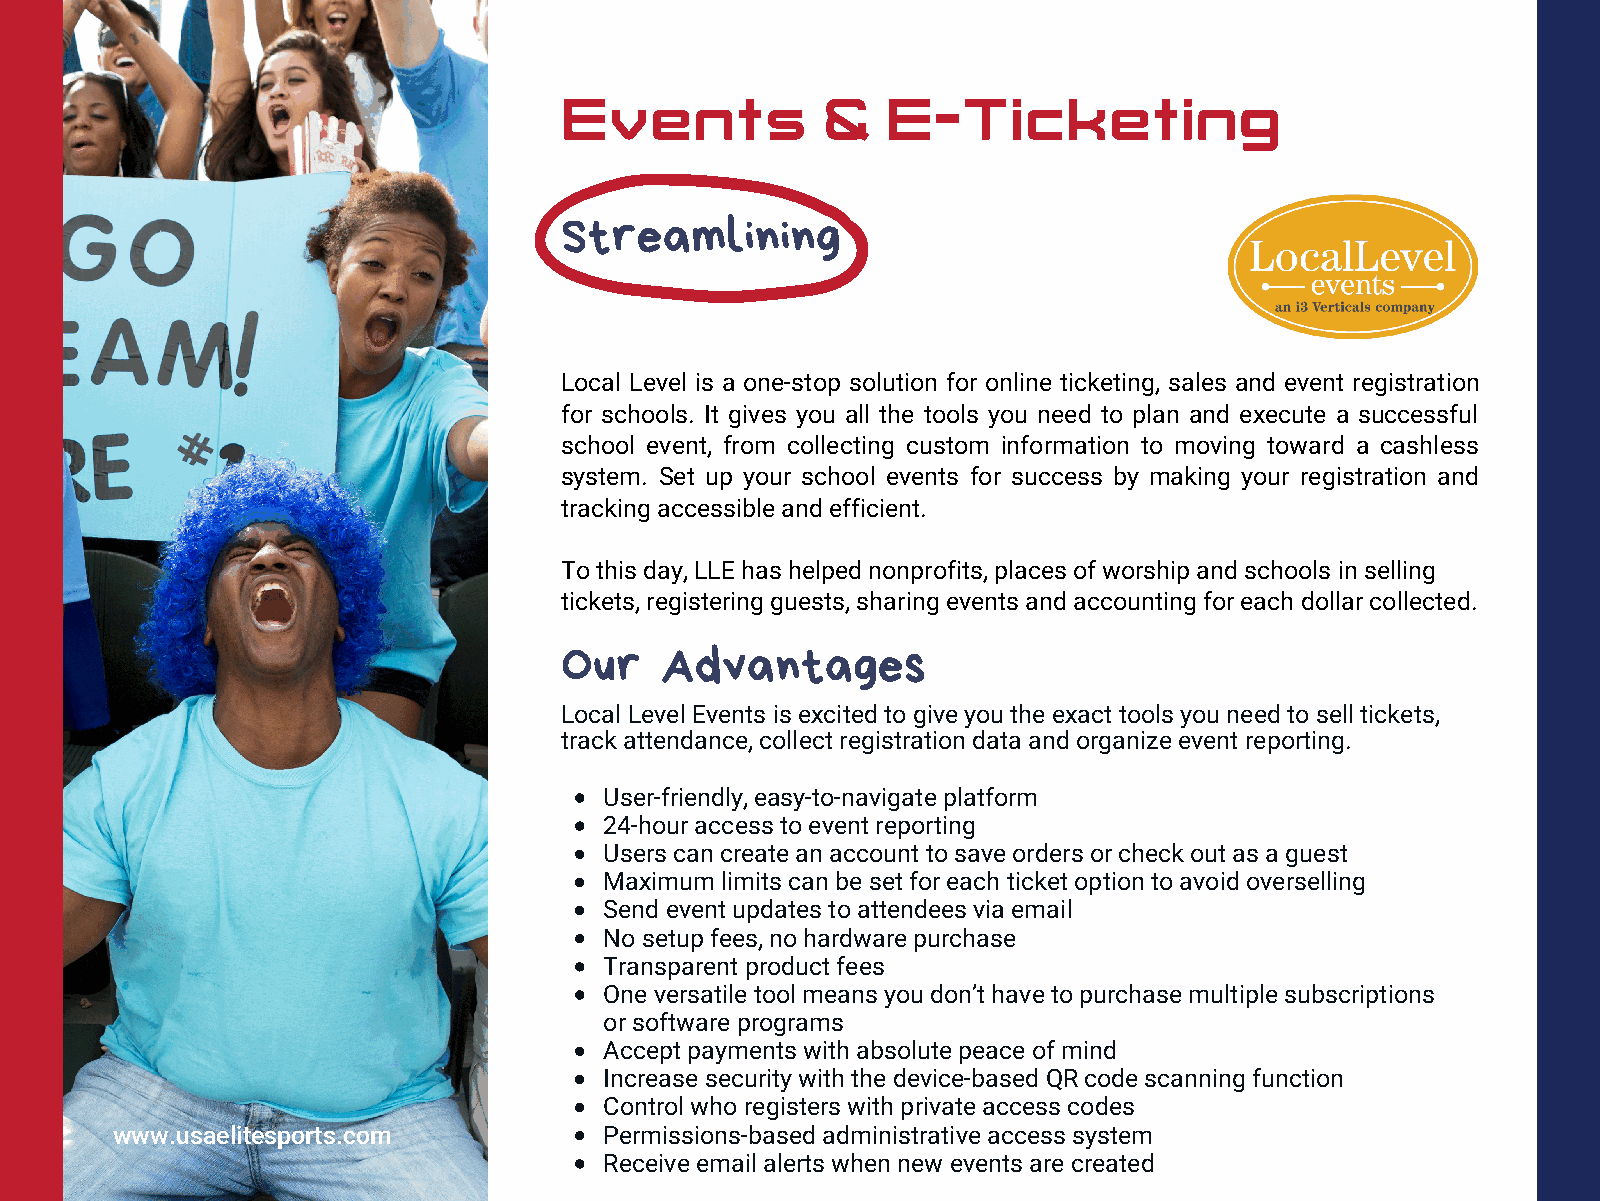
Events            &   E-Ticketing
 Streamlining
 Local Level is a one-stop solution for online ticketing, sales and event registration
 for schools. It gives you all the tools you need to plan and execute a successful
 school event, from collecting custom information to moving toward a cashless
 system. Set up your school events for success by making your registration and
 tracking accessible and efficient.
 To this day, LLE has helped nonprofits, places of worship and schools in selling
 tickets, registering guests, sharing events and accounting for each dollar collected.
 Our    Advantages
 Local Level Events is excited to give you the exact tools you need to sell tickets,
 track attendance, collect registration data and organize event reporting.
 User-friendly, easy-to-navigate platform
 24-hour access to event reporting
 Users can create an account to save orders or check out as a guest
 Maximum limits can be set for each ticket option to avoid overselling
 Send event updates to attendees via email
 No setup fees, no hardware purchase
 Transparent product fees
 One versatile tool means you don’t have to purchase multiple subscriptions
 or software programs
 Accept payments with absolute peace of mind
 Increase security with the device-based QR code scanning function
 Control who registers with private access codes
 www.usaelitesports.com          Permissions-based administrative access system
 Receive email alerts when new events are created